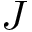
J